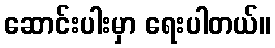
ဆောင်းပါးမှာ ရေးပါတယ်။